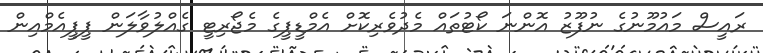
ރައީސް މައުމޫނުގެ ނުފޫޒު އޮންނަ ކޯޓުތައް މެދުވެރިކޮށް އެމްޑީޕީގެ މެޖޯރިޓީ ގެއްލުވާލަން ޕީޕީއެމްއިން